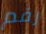
رقم